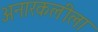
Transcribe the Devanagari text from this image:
अनारकलीला